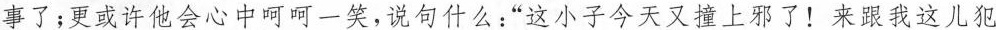
事了:更或许他会心中呵呵一笑,说句什么“这小子今天又撞上邪了!来跟我这儿犯